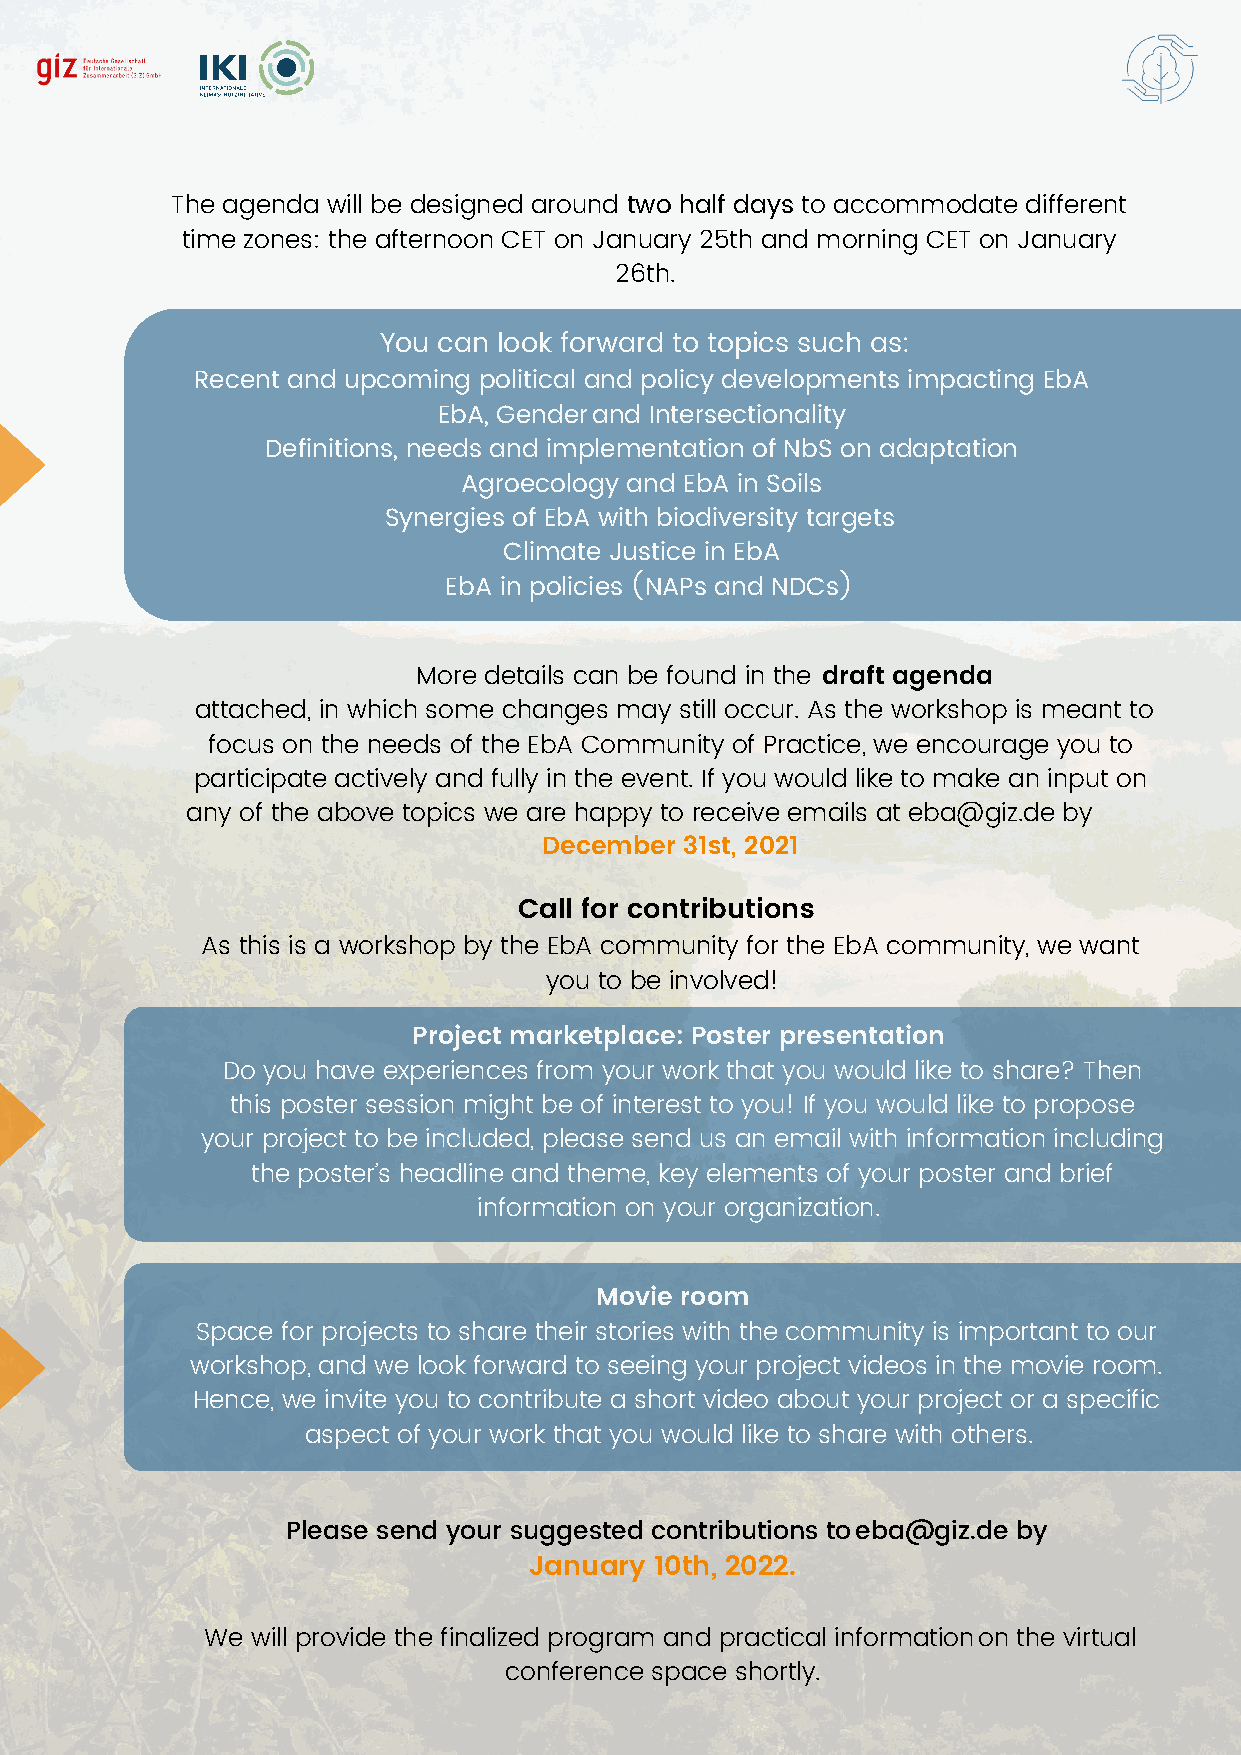
The agenda will be designed around two half days to accommodate different
 time zones: the afternoon CET on January 25th and morning CET on January
 26th.
 You can look forward to topics such as:
 Recent and upcoming political and policy developments impacting EbA
 EbA, Gender and Intersectionality
 Definitions, needs and implementation of NbS on adaptation
 Agroecology and EbA in Soils
 Synergies of EbA with biodiversity targets
 Climate Justice in EbA
 EbA in policies (NAPs and NDCs)
 More details can be found in the d r a f t a g enda
 attached, in which some changes may still occur. As the workshop is meant to
 focus on the needs of the EbA Community of Practice, we encourage you to
 participate actively and fully in the event. If you would like to make an input on
 any of the above topics we are happy to receive emails at eba@giz.de by
 December 31st, 2021
 Call for contributions
 As this is a workshop by the EbA community for the EbA community, we want
 you to be involved!
 Project marketplace : Poster presentation
 Do you have experiences from your work that you would like to share? Then
 this poster session might be of interest to you! If you would like to propose
 your project to be included, please send us an email with information including
 the poster’s headline and theme, key elements of your poster and brief
 information on your organization.
 Movie room
 Space for projects to share their stories with the community is important to our
 workshop, and we look forward to seeing your project videos in the movie room.
 Hence, we invite you to contribute a short video about your project or a specific
 aspect of your work that you would like to share with others.
 Please send your suggested contributions to eba@giz.de by
 January 10th, 2022.
 We will provide the finalized program and practical information on the virtual
 conference space shortly.